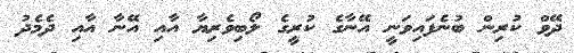
ދޭވް ކުރިން ބުނެފައިވަނީ އޭނާގެ ކުރީގެ ލޯބިވެރިޔާ އާއި އޭނާ އާއި ދެމެދު